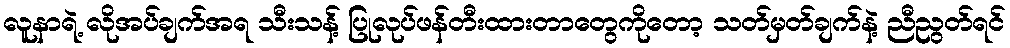
လူနာရဲ့ လိုအပ်ချက်အရ သီးသန့် ပြုလုပ်ဖန်တီးထားတာတွေကိုတော့ သတ်မှတ်ချက်နဲ့ ညီညွတ်ရင်